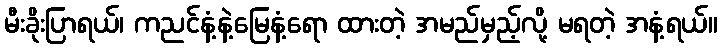
မီးခိုးပြာရယ်၊ ကညင်နံ့နဲ့မြေနံ့ရော ထားတဲ့ အမည်မှည့်လို့ မရတဲ့ အနံ့ရယ်။